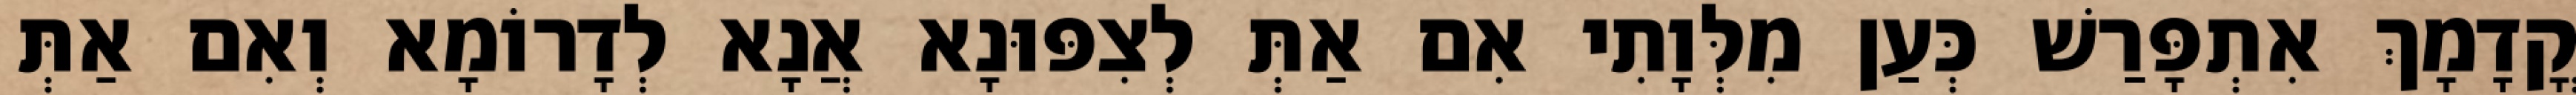
קֳדָמָךְ אִתְפָּרַשׁ כְּעַן מִלְּוָתִי אִם אַתְּ לְצִפּוּנָא אֲנָא לְדָרוֹמָא וְאִם אַתְּ